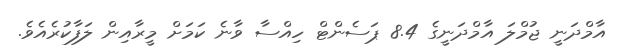
އާމްދަނީ ޖުމްލަ އާމްދަނީގެ 8.4 ޕަސެންޓް ހިއްސާ ވާނެ ކަމަށް މީރާއިން ލަފާކުރެއެވެ.